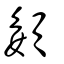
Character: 嬃